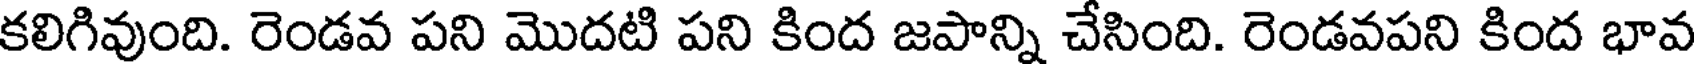
కలిగివుంది. రెండవ పని మొదటి పని కింద జపాన్ని చేసింది. రెండవపని కింద భావ